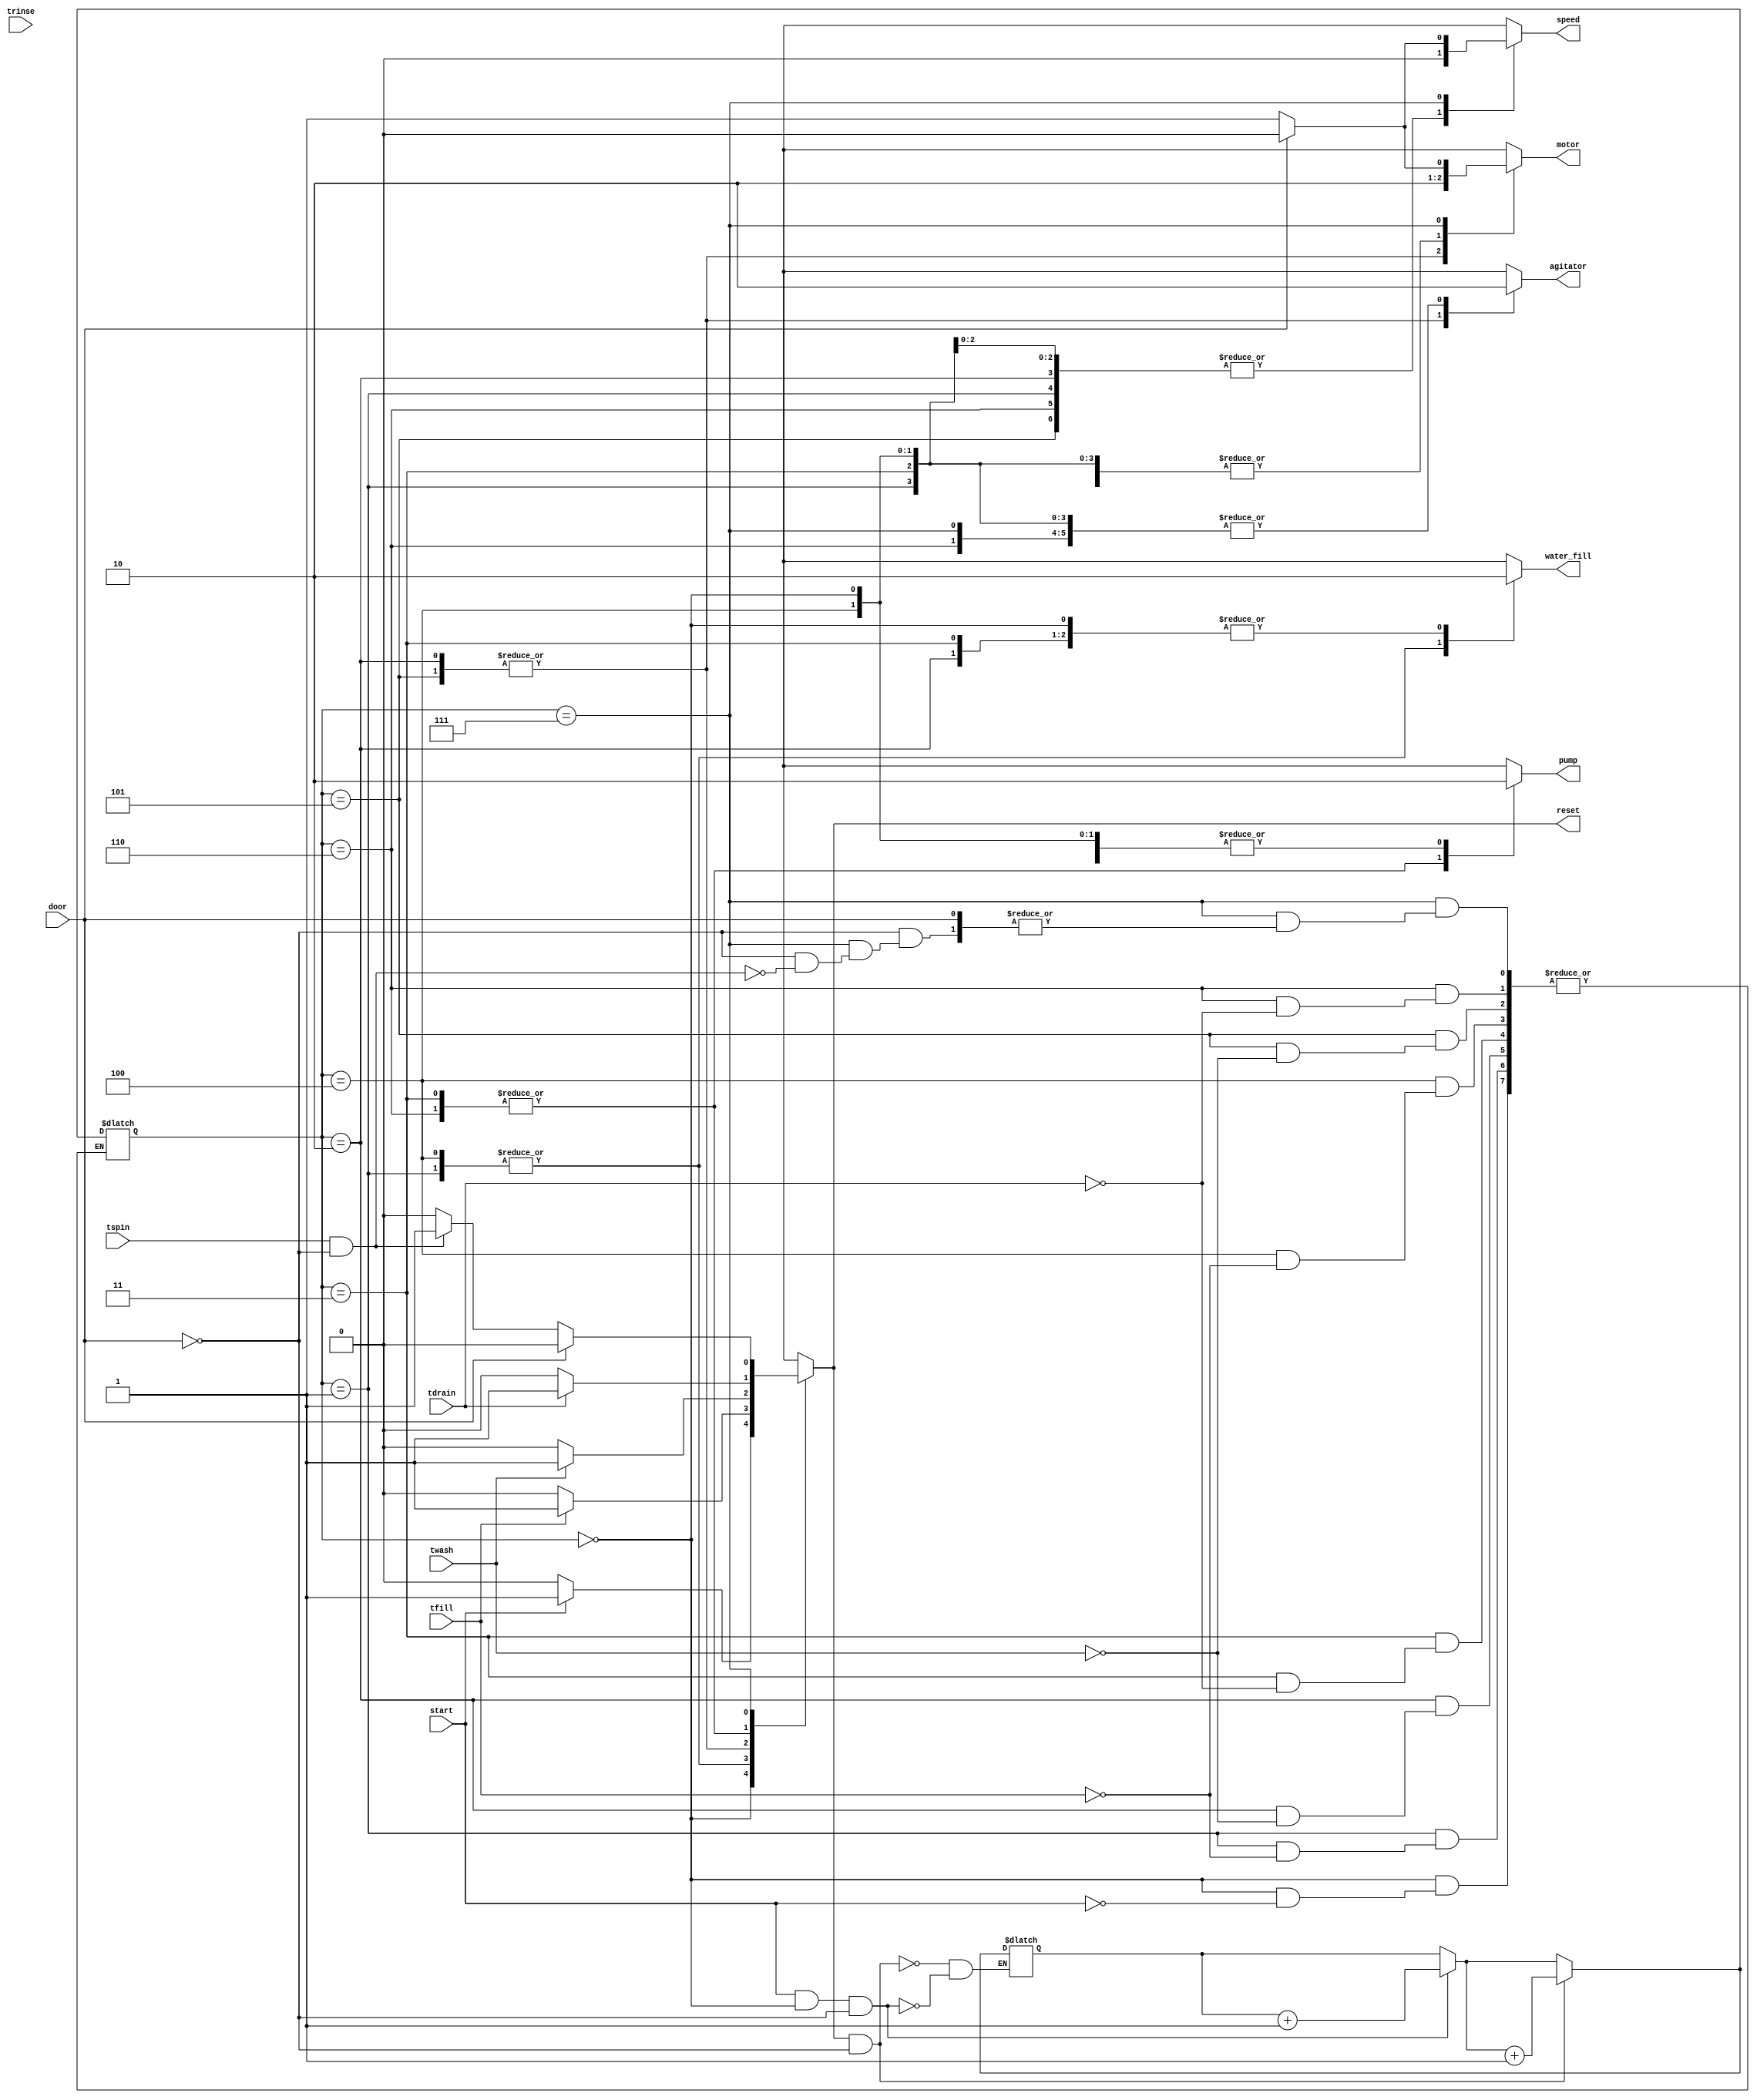
module washing_machine_control( tdrain, tfill, trinse,
					  										tspin, twash,
					  										door, start, agitator,
					  										motor, pump, speed,
																water_fill, reset
					  										);
  parameter idle = 0,
						fill_1 = 1,
						wash_1 = 2,
						drain_1 = 3,
						fill_2 = 4,
						wash_2 = 5,
						drain_2 = 6,
						spin = 7,
						hold = 8,
						LOW = 0,
						HIGH = 1,
						TWO = 2;


  //Port Declarations
  input   tdrain, tfill, trinse,
	    		tspin, twash, door, start;
  output  agitator, motor, pump,
	    		speed, water_fill, reset;

  //Nettype
  wire  tdrain, tfill, trinse,
	  		tspin, twash, start;
  reg   agitator, motor, pump,
	  		speed, water_fill, reset;

  //State Register
  reg [TWO : 0] current_state, next_state;
	initial current_state = 3'b000;
	initial next_state = 3'b000;

	//Door can only open on spin cycle and when spin is done
	//wire door = (current_state == spin && tspin == HIGH) ? HIGH : LOW;

  always @( * ) begin
		if(start == HIGH && current_state == idle && door == LOW) 
			next_state = next_state + 1;
			
		if(reset == HIGH && door == LOW)
			next_state = next_state + 1;
			
		if(next_state == 8)
			next_state = idle;
		
		case (current_state)
			idle: begin
				agitator 	 = LOW;
				motor 	 	 = LOW;
				pump 		 	 = LOW;
				speed 	 	 = LOW;
				water_fill 	 = LOW;
				reset 	 	 = LOW;
				if(start == HIGH) begin
					current_state = next_state;
					reset = HIGH;
				end
			end
			fill_1: begin
				agitator 	 = LOW;
				motor 	 	 = LOW;
				pump 		 	 = LOW;
				speed 	 	 = LOW;
				water_fill 	 = HIGH;
				reset 		 = LOW;
				if(tfill == HIGH) begin
					current_state = next_state;
					reset = HIGH;
				end
			end
			wash_1: begin
				agitator 	 = HIGH;
				motor 	 	 = HIGH;
				pump 		 	 = LOW;
				speed 	 	 = LOW;
				water_fill   = LOW;
				reset 		 = LOW;
				if(twash == HIGH) begin
					current_state = next_state;
					reset = HIGH;
				end
			end
			drain_1: begin
				agitator 	 = LOW;
				motor 	 	 = LOW;
				pump 		 	 = HIGH;
				speed 	 	 = LOW;
				water_fill   = LOW;
				reset 		 = LOW;
				if(tdrain == HIGH) begin
					current_state = next_state;
					reset = HIGH;
				end
			end
			fill_2: begin
				agitator 	 = LOW;
				motor 	 	 = LOW;
				pump 		 	 = LOW;
				speed 	 	 = LOW;
				water_fill   = HIGH;
				reset 		 = LOW;
				if(tfill == HIGH) begin
					current_state = next_state;
					reset = HIGH;
				end
			end
			wash_2: begin
				agitator 	 = HIGH;
				motor 	 	 = HIGH;
				pump 		 	 = LOW;
				speed 	 	 = LOW;
				water_fill   = LOW;
				reset 		 = LOW;
				if(twash == HIGH) begin
					current_state = next_state;
					reset = HIGH;
				end
			end
			drain_2: begin
				agitator 	 = LOW;
				motor 	 	 = LOW;
				pump 		 	 = HIGH;
				speed 	 	 = LOW;
				water_fill   = LOW;
				reset 		 = LOW;
				if(tdrain == HIGH) begin
					current_state = next_state;
					reset = HIGH;
				end
			end
			spin: begin
				if(door == HIGH) begin 
					agitator 	 = LOW;
					motor 	 	 = LOW;
					pump 		 	 = LOW;
					speed 	 	 = LOW;
					water_fill   = LOW;
					reset 		 = LOW;
				end 
				else begin
					agitator 	 = LOW;
					motor 	 	 = HIGH;
					pump 		 	 = LOW;
					speed 	 	 = HIGH;
					water_fill   = LOW;
					reset 		 = LOW;
					if(tspin == HIGH && door == LOW) begin
						current_state = next_state;
						reset = HIGH;
					end
				end
			end
			default:
				current_state = idle;
		endcase

  end


endmodule